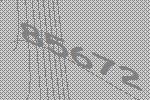
85672